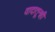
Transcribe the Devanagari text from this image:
वादातूनही